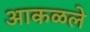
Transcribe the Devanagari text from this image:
आकळले